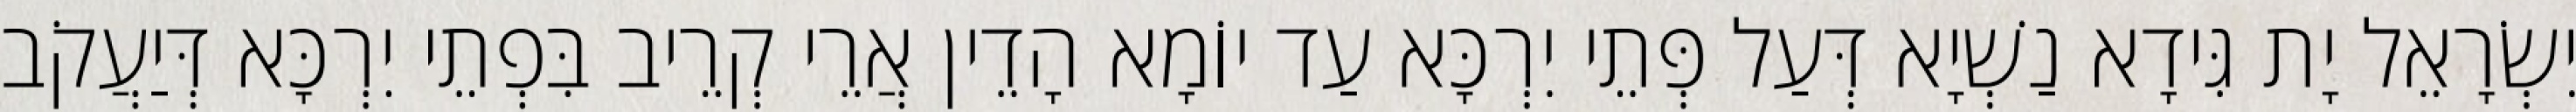
יִשְׂרָאֵל יָת גִּידָא נַשְׁיָא דְּעַל פְּתֵי יִרְכָּא עַד יוֹמָא הָדֵין אֲרֵי קְרֵיב בִּפְתֵי יִרְכָּא דְּיַעֲקֹב